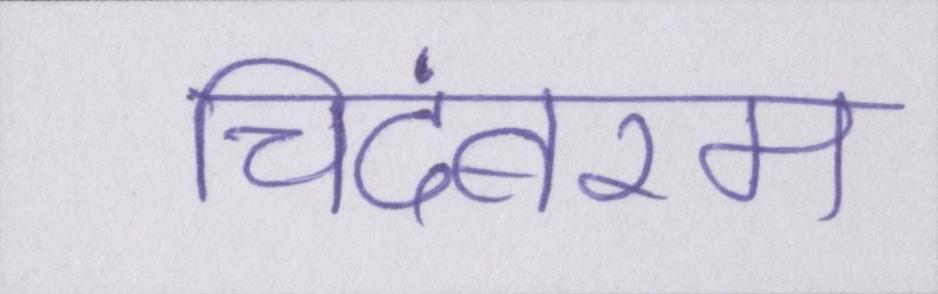
चिदंबरम